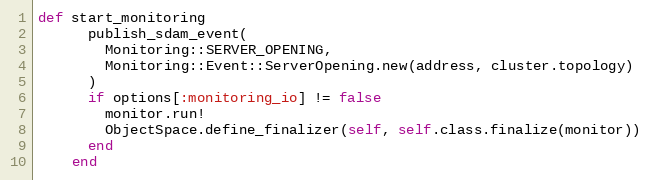
Language: Ruby
def start_monitoring
      publish_sdam_event(
        Monitoring::SERVER_OPENING,
        Monitoring::Event::ServerOpening.new(address, cluster.topology)
      )
      if options[:monitoring_io] != false
        monitor.run!
        ObjectSpace.define_finalizer(self, self.class.finalize(monitor))
      end
    end